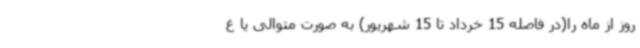
روز از ماه را(در فاصله 15 خرداد تا 15 شهریور) به صورت متوالی یا غ